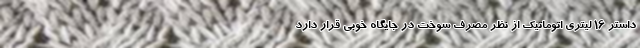
داستر ۱۶ لیتری اتوماتیک از نظر مصرف سوخت در جایگاه خوبی قرار دارد